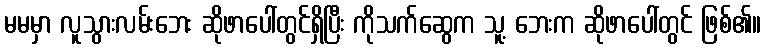
မမမှာ လူသွားလမ်းဘေး ဆိုဖာပေါ်တွင်ရှိပြီး ကိုသက်ဆွေက သူ့ ဘေးက ဆိုဖာပေါ်တွင် ဖြစ်၏။